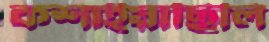
কশাইয়াছিলি